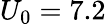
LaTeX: U_{0}=7.2